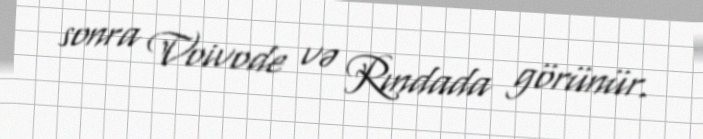
sonra Voivode və Rındada görünür.